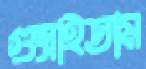
গুম্‌রাইতাম